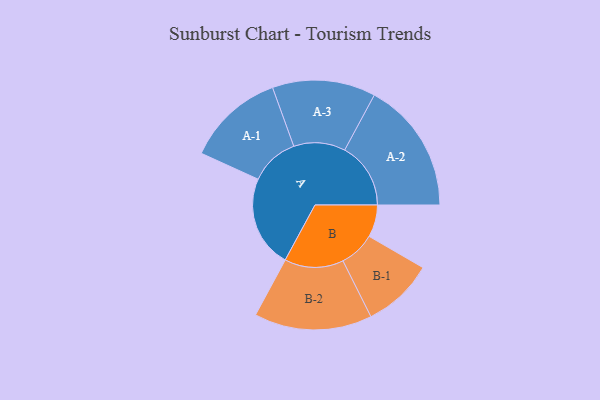
{"axis": {"x": "Segment", "y": "Value"}, "legend": ["", "A", "B"], "data": [{"x": "A", "y": 403, "type": ""}, {"x": "B", "y": 141, "type": ""}, {"x": "A-1", "y": 214, "type": "A"}, {"x": "A-2", "y": 289, "type": "A"}, {"x": "A-3", "y": 226, "type": "A"}, {"x": "B-1", "y": 156, "type": "B"}, {"x": "B-2", "y": 258, "type": "B"}]}